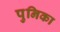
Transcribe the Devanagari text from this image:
पुनिका